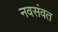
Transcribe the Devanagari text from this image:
नवसंवत